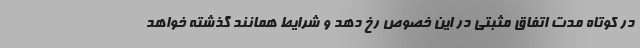
در کوتاه مدت اتفاق مثبتی در این خصوص رخ دهد و شرایط همانند گذشته خواهد